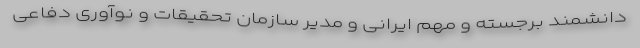
دانشمند برجسته و مهم ایرانی و مدیر سازمان تحقیقات و نوآوری دفاعی